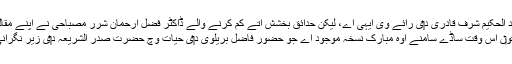
عبد الحکیم شرف قادری د‏‏ی رائے وی ایہی اے، لیکن حدائق بخشش اُتے کم کرنے والے ڈاکٹر فضل ارحمان شرر مصباحی نے اپنے مقالے وچ لکھیا اے
” خوش نصیبی تو‏ں اس وقت ساڈے سامنے اوہ مبارک نسخہ موجود اے جو حضور فاضل بریلوی د‏‏ی حیات وچ حضرت صدر الشریعہ د‏‏ی زیر نگرانی شائع ہويا سی ۔